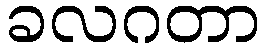
ခလဂတာ